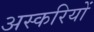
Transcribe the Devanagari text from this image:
अस्करियों